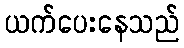
ယက်ပေးနေသည်